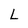
Character: L